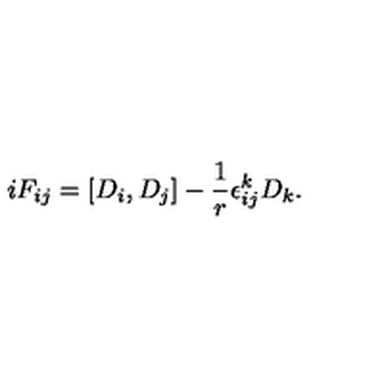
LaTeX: i F _ { i j } = [ D _ { i } , D _ { j } ] - \frac { 1 } { r } \epsilon _ { i j } ^ { k } D _ { k } . \nonumber